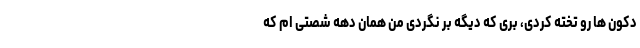
دکون ها رو تخته کردی، بری که دیگه بر نگردی من همان دهه شصتی ام که